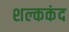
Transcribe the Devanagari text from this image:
शल्ककंद